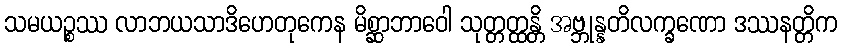
သမယဉ္စဿ လာဘယသာဒိဟေတုကေန မိစ္ဆာဘာဝေါ သုတ္တတ္ထန္တိ အဗ္ဘုန္နတိလက္ခဏော ဒဿနတ္တိက